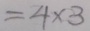
= 4 \times 3